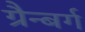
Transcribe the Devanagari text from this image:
ग्रैन्बर्ग